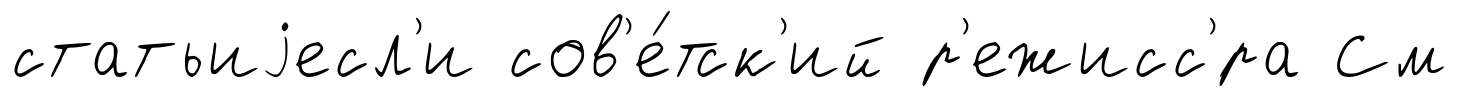
статьиjесл'и сов'е́тск'ий р'ежисс'́ра См